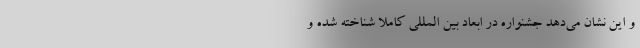
و این نشان می‌دهد جشنواره در ابعاد بین المللی کاملاً شناخته شده و